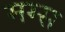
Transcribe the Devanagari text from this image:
मग्स